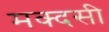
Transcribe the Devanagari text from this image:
मक्दसी